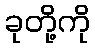
ခုတို့ကို